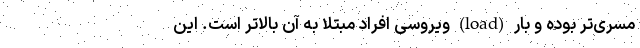
مسری‌تر بوده و بارِ (load) ویروسی افراد مبتلا به آن بالاتر است. این